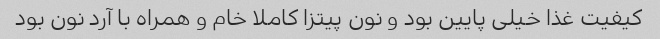
کیفیت غذا خیلی پایین بود و نون پیتزا کاملا خام و همراه با آرد نون بود